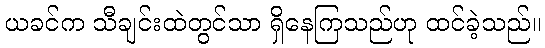
ယခင်က သီချင်းထဲတွင်သာ ရှိနေကြသည်ဟု ထင်ခဲ့သည်။